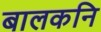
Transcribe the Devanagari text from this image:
बालकनि